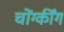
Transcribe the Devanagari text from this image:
चोंग्कींग